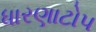
ધારણાટોપ